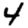
Digit: 4